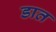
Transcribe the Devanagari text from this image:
डात